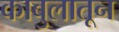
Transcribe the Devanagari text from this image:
काबुलातून